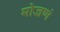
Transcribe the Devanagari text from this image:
मोजणं